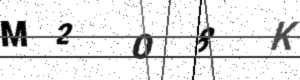
Text: M2O8K